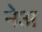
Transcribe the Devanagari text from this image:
नेअ